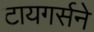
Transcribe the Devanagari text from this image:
टायगर्सने